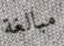
مبالغة